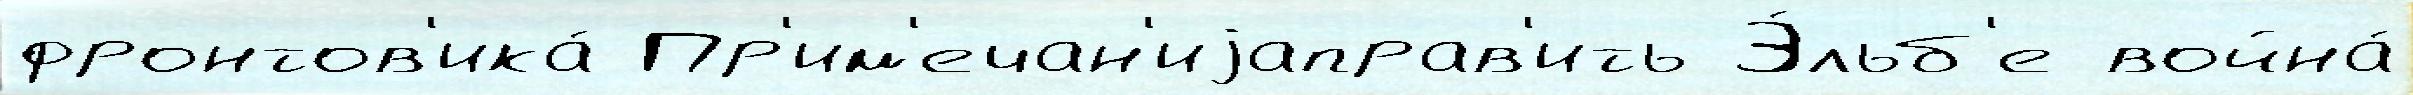
фронтов'ика́ Пр'им'ечан'иjаправ'ить Э́льб'е война́